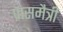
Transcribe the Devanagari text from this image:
प्रासमैत्री